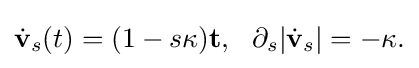
\displaystyle {{\dot {\mathbf {v} }}_{s}(t)=(1-s\kappa )\mathbf {t} ,\,\,\,\,\partial _{s}|{\dot {\mathbf {v} }}_{s}|=-\kappa .}